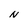
Character: N